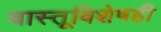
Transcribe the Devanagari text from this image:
वास्तूविशेषही